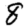
Digit: 8